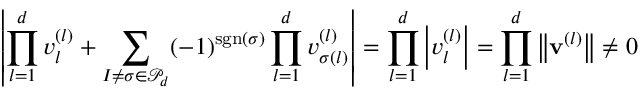
\left| \prod _ { l = 1 } ^ { d } v _ { l } ^ { ( l ) } + \sum _ { I \neq \sigma \in \mathcal { P } _ { d } } ( - 1 ) ^ { \operatorname { s g n } ( \sigma ) } \prod _ { l = 1 } ^ { d } v _ { \sigma ( l ) } ^ { ( l ) } \right| = \prod _ { l = 1 } ^ { d } \left| v _ { l } ^ { ( l ) } \right| = \prod _ { l = 1 } ^ { d } \big \Vert \mathbf { v } ^ { ( l ) } \big \Vert \neq 0